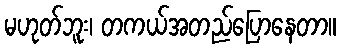
မဟုတ်ဘူး၊ တကယ်အတည်ပြောနေတာ။